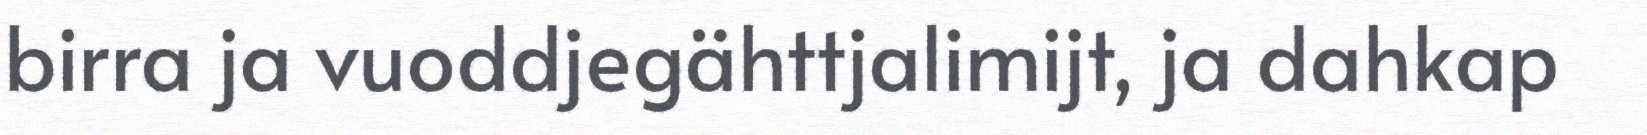
birra ja vuoddjegähttjalimijt, ja dahkap